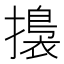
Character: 𢶑